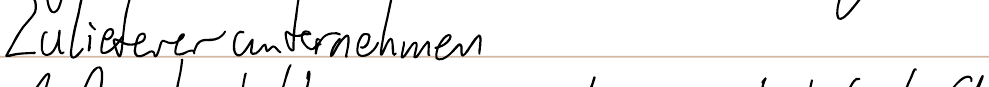
Zuliefererunternehmen